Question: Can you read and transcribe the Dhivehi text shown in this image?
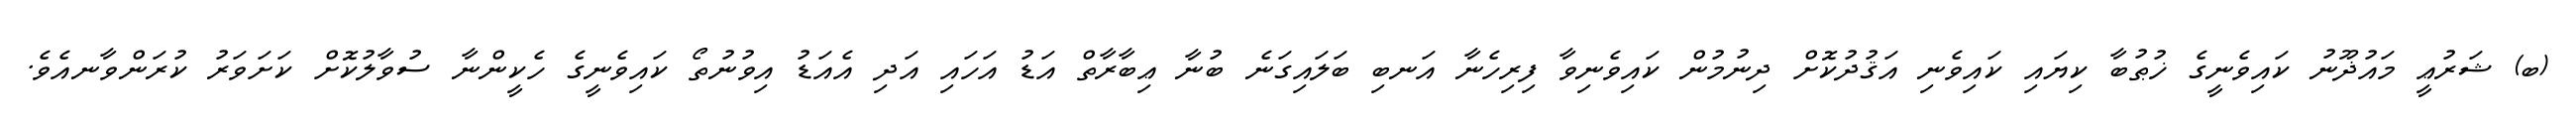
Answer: (ބ) ޝަރުޢީ މައުޛޫނު ކައިވެނީގެ ޚުޠުބާ ކިޔައި ކައިވެނި އަޤުދުކޮށް ދިނުމުން ކައިވެނިވާ ފިރިހެނާ އަނބި ބަލައިގަނެ ބުނާ ޢިބާރާތް އަޑު އަހައި އަދި އެއަޑު އިވުނުތޯ ކައިވެނީގެ ހެކީންނާ ސުވާލުކޮށް ކަށަވަރު ކުރަންވާނއެވެ.